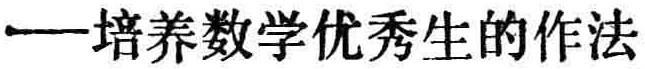
——培养数学优秀生的作法